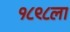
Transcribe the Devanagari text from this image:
१८९८ला